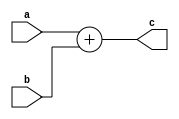
module adder(input [15:0] a, b, output reg [15:0] c);

	always@(*) begin

		c = a + b;

	end

endmodule